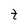
Character: t